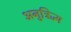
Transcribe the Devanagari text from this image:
अनुत्रिज्य